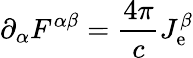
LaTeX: \partial_{\alpha}F^{\alpha\beta}={\frac{4\pi}{c}}J_{\mathrm{e}}^{\beta}